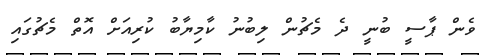
ވެން ޕާސީ ބުނީ ދެ މެޗުން ލިބުނު ކާމިޔާބު ކުރިއަށް އޮތް މެޗުގައި